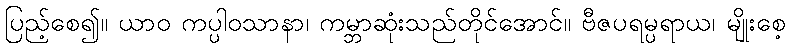
ပြည့်စေ၍။ ယာဝ ကပ္ပါဝသာနာ၊ ကမ္ဘာဆုံးသည်တိုင်အောင်။ ဗီဇပရမ္ပရာယ၊ မျိုးစေ့